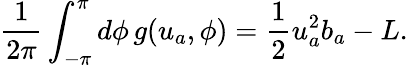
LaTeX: \frac{1}{2\pi}\int_{-\pi}^{\pi}d\phi\, g(u_{a},\phi)=\frac{1}{2}u_{a}^{2}b_{a}-L.